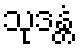
သုဒန္တံ